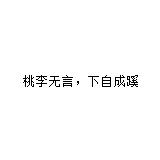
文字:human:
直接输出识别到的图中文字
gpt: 桃李无言，下自成蹊